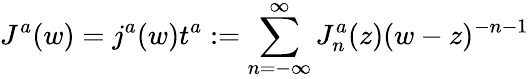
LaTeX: J^{a}(w)=j^{a}(w)t^{a}:=\sum_{n=-\infty}^{\infty}J_{n}^{a}(z)(w-z)^{-n-1}